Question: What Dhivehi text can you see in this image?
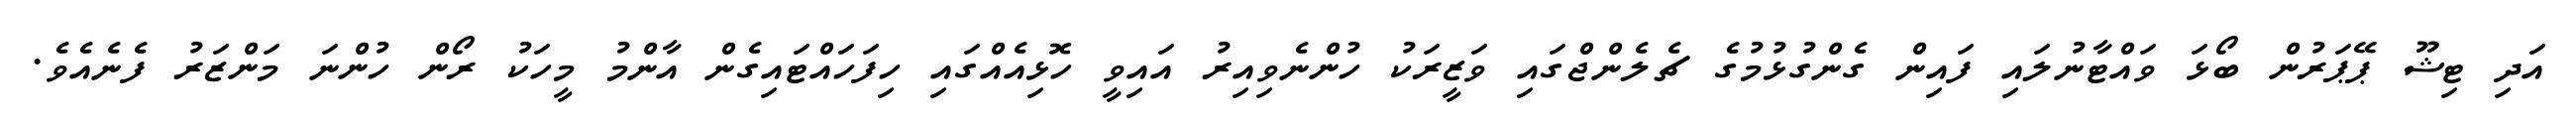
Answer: އަދި ޓިޝޫ ޕޭޕަރުން ބޯޅަ ވައްޓާނުލައި ފައިން ގެންގުޅުމުގެ ޗެލެންޖްގައި ވަޒީރަކު ހުންނެވިއިރު އައިވީ ހޮޅިއެއްގައި ހިފަހައްޓައިގެން އާންމު މީހަކު ރޯން ހުންނަ މަންޒަރު ފެނެއެވެ.